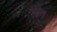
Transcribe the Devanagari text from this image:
३११वॉ